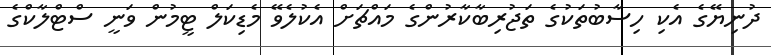
ދުނިޔޭގެ އެކި ހިސާބުތަކުގެ ތަޖުރިބާކާރުންގެ މައްޗަށް އެކުލެވޭ މެޑިކަލް ޓީމުން ވަނީ ސްޓްލާކްގެ